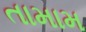
તામામ